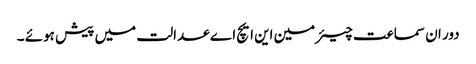
دور ان سماعت چیئرمین این ایچ اے عدالت میں پیش ہوئے ۔